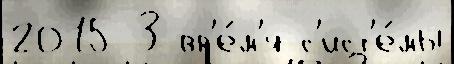
2015 3 вр'е́м'я с'ист'е́мы